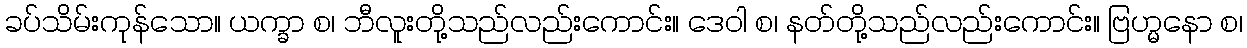
ခပ်သိမ်းကုန်သော။ ယက္ခာ စ၊ ဘီလူးတို့သည်လည်းကောင်း။ ဒေဝါ စ၊ နတ်တို့သည်လည်းကောင်း။ ဗြဟ္မနော စ၊